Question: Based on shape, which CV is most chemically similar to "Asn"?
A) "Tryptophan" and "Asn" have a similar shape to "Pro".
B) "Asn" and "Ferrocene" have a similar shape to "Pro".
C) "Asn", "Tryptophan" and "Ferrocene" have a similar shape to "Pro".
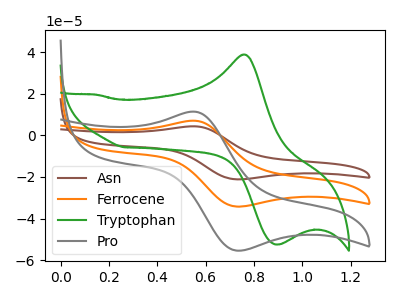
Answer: <think>The brown curve "Asn" has an anodic peak at (0.55V, 14.10uA) and a cathodic peak at (0.75V, -68.45uA). The orange curve "Ferrocene" has an anodic peak at (0.55V, 7.05uA) and a cathodic peak at (0.75V, -34.25uA). The green curve "Tryptophan" has an anodic peak at (0.75V, 38.85uA) and a cathodic peak at (0.90V, -52.40uA). The gray curve "Pro" has an anodic peak at (0.55V, 11.40uA) and a cathodic peak at (0.75V, -55.40uA).
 All the peaks in "Asn" have a peak in "Ferrocene" at the same potential. Every peak in "Asn" is higher than every peak in "Ferrocene". "Asn" and "Tryptophan" have at least one peak that do not match. All the peaks in "Asn" have a peak in "Pro" at the same potential. Every peak in "Asn" is higher than every peak in "Pro". "Ferrocene" and "Tryptophan" have at least one peak that do not match. All the peaks in "Ferrocene" have a peak in "Pro" at the same potential. Every peak in "Ferrocene" is lower than every peak in "Pro". "Tryptophan" and "Pro" have at least one peak that do not match.</think>
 <answer>B) "Asn" and "Ferrocene" have a similar shape to "Pro".</answer>
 <eval>B</eval>